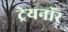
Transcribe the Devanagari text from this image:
ट्रेयनॉर